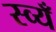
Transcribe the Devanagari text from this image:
स्व्यँ